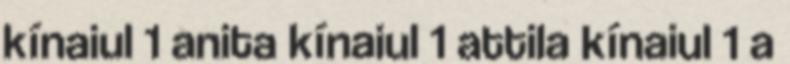
kínaiul 1 anita kínaiul 1 attila kínaiul 1 a